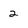
Character: 2